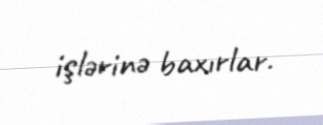
işlərinə baxırlar.